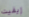
إيفيت